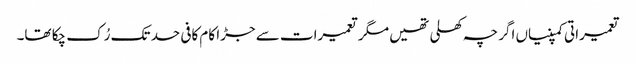
تعمیراتی کمپنیاں اگرچہ کھلی تھیں مگر تعمیرات سے جڑا کام کافی حد تک رُک چکا تھا۔